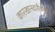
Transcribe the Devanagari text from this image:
कारखानदारीकरीता